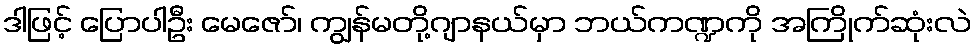
ဒါဖြင့် ပြောပါဦး မေဇော်၊ ကျွန်မတို့ဂျာနယ်မှာ ဘယ်ကဏ္ဍကို အကြိုက်ဆုံးလဲ